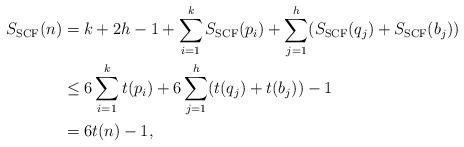
LaTeX: \begin{align*}S_{\mathrm{SCF}}(n) &= k + 2h - 1 + \sum_{i=1}^k S_{\mathrm{SCF}}(p_i) + \sum_{j=1}^h (S_{\mathrm{SCF}}(q_j) + S_{\mathrm{SCF}}(b_j)) \\&\leq 6\sum_{i=1}^k t(p_i) + 6\sum_{j=1}^h (t(q_j) + t(b_j)) - 1 \\&= 6t(n) - 1 ,\end{align*}